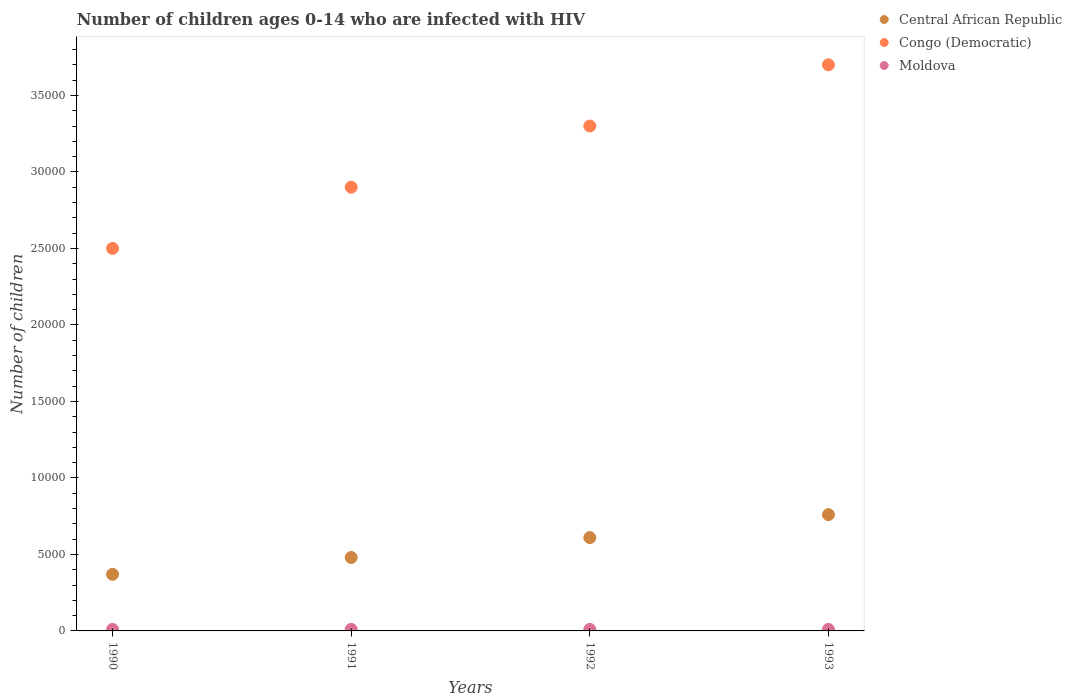
| Years | Central African Republic | Congo (Democratic) | Moldova |
 | --- | --- | --- | --- |
 | 1990 | 3.7e+03 | 2.5e+04 | 100 |
 | 1991 | 4.8e+03 | 2.9e+04 | 100 |
 | 1992 | 6.1e+03 | 3.3e+04 | 100 |
 | 1993 | 7.6e+03 | 3.7e+04 | 100 |